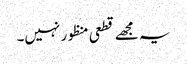
یہ مجھے قطعی منظور نہیں۔